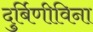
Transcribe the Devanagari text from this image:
दुर्बिणीविना